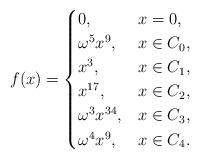
LaTeX: \begin{align*}f(x)=\begin{cases}0, & x=0, \\\omega^5x^9, & x\in C_0, \\x^3, & x\in C_1, \\x^{17}, & x\in C_2, \\\omega^3x^{34}, & x\in C_3, \\\omega^4x^9, & x\in C_4.\end{cases}\end{align*}